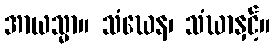
အာယသ္မာ။ သံဃေန၊ သံဃာနှင့်။